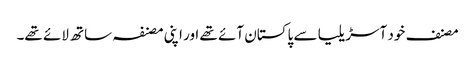
مصنف خود آسڑیلیا سے پاکستان آئے تھے اور اپنی مصنفہ ساتھ لائے تھے۔